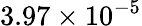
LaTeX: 3.97\times 10^{-5}